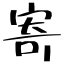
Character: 寄